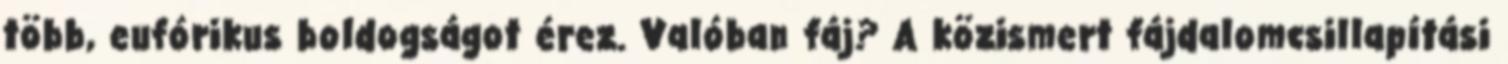
több, eufórikus boldogságot érez. Valóban fáj? A közismert fájdalomcsillapítási